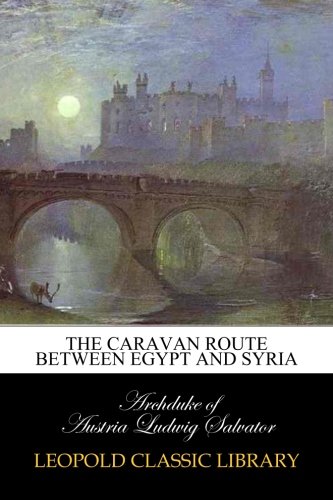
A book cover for The Caravan Route between Egypt and Syria; Archduke of Austria Ludwig Salvator; Travel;